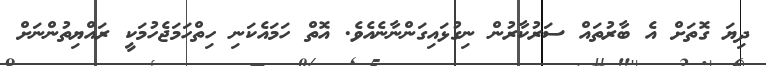
ދިޔަ ގޮތަށް އެ ބާރުތައް ސަރުކާރުން ނިގުޅައިގަންނާނެއެވެ. އޮތް ހަމައެކަނި ހިތްހަމަޖެހުމަކީ ރައްޔިތުންނަށް